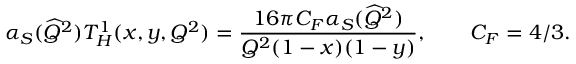
\alpha _ { S } ( \widehat { Q } ^ { 2 } ) T _ { H } ^ { 1 } ( x , y , Q ^ { 2 } ) = \frac { 1 6 \pi C _ { F } \alpha _ { S } ( \widehat { Q } ^ { 2 } ) } { Q ^ { 2 } ( 1 - x ) ( 1 - y ) } , \qquad C _ { F } = 4 / 3 .